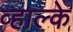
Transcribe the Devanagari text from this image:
व्हाल्के